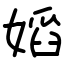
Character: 嫍